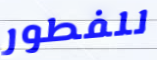
للفطور